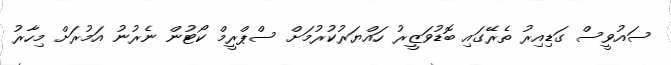
ސައުވީސް ގަޑިއިރު ތެރޭގައި ބޮޑުވަޒީރު ހައްޔަރުކުރުމަށް ސްޕްރީމް ކޯޓުން ނެރުނު އަމުރަށް މިހާރު